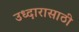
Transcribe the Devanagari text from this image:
उध्दारासाठी